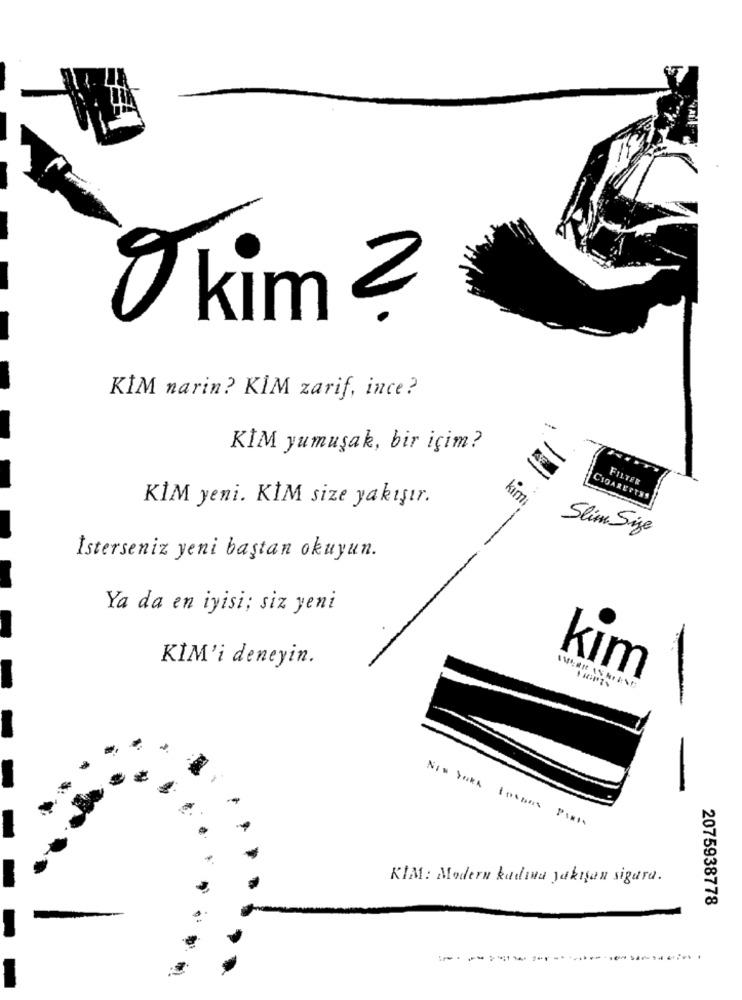
O kim ?
KİM narin? KİM zarif, ince?
KİM yumuşak, bir içim?
FILTER
KİM yeni. KİM size yakışır.
kim
CIGARETTES
Slim Size
İsterseniz yeni baştan okuyun.
Ya da en iyisi; siz yeni
KİM'i deneyin.
kım
-
NI= YORA Incons PARA
KIM: Modern kadına yakışan sigura.
2075938778
-------